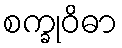
စက္ခုဝိဓာ